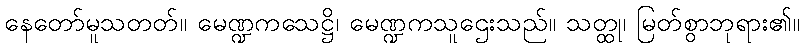
နေတော်မူသတတ်။ မေဏ္ဍကသေဋ္ဌိ၊ မေဏ္ဍကသူဌေးသည်။ သတ္ထု၊ မြတ်စွာဘုရား၏။